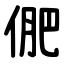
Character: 俷